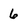
Character: 6